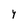
Character: y